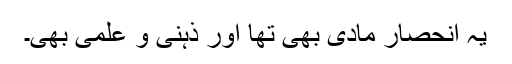
یہ انحصار مادی بھی تھا اور ذہنی و علمی بھی۔